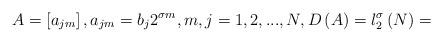
LaTeX: \begin{align*}A=\left[ a_{jm}\right] ,a_{jm}=b_{j}2^{\sigma m},m,j=1,2,...,N,D\left( A\right) =l_{2}^{\sigma }\left(N\right) = \end{align*}